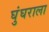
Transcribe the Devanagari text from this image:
घुंघराला